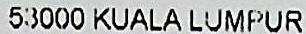
53000 KUALA LUMPER